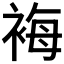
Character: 𧚀